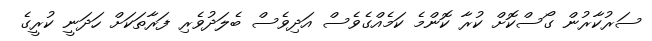
ސަރުކާރުން ގޯސްކޮށް ކުރާ ކޮންމެ ކަމެއްގެވެސް އަދިވެސް ބެލަދުވެރި ފަރާތަކަށް ހަދަނީ ކުރީގެ